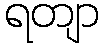
ရတျာ